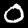
Label: 0